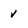
Character: v